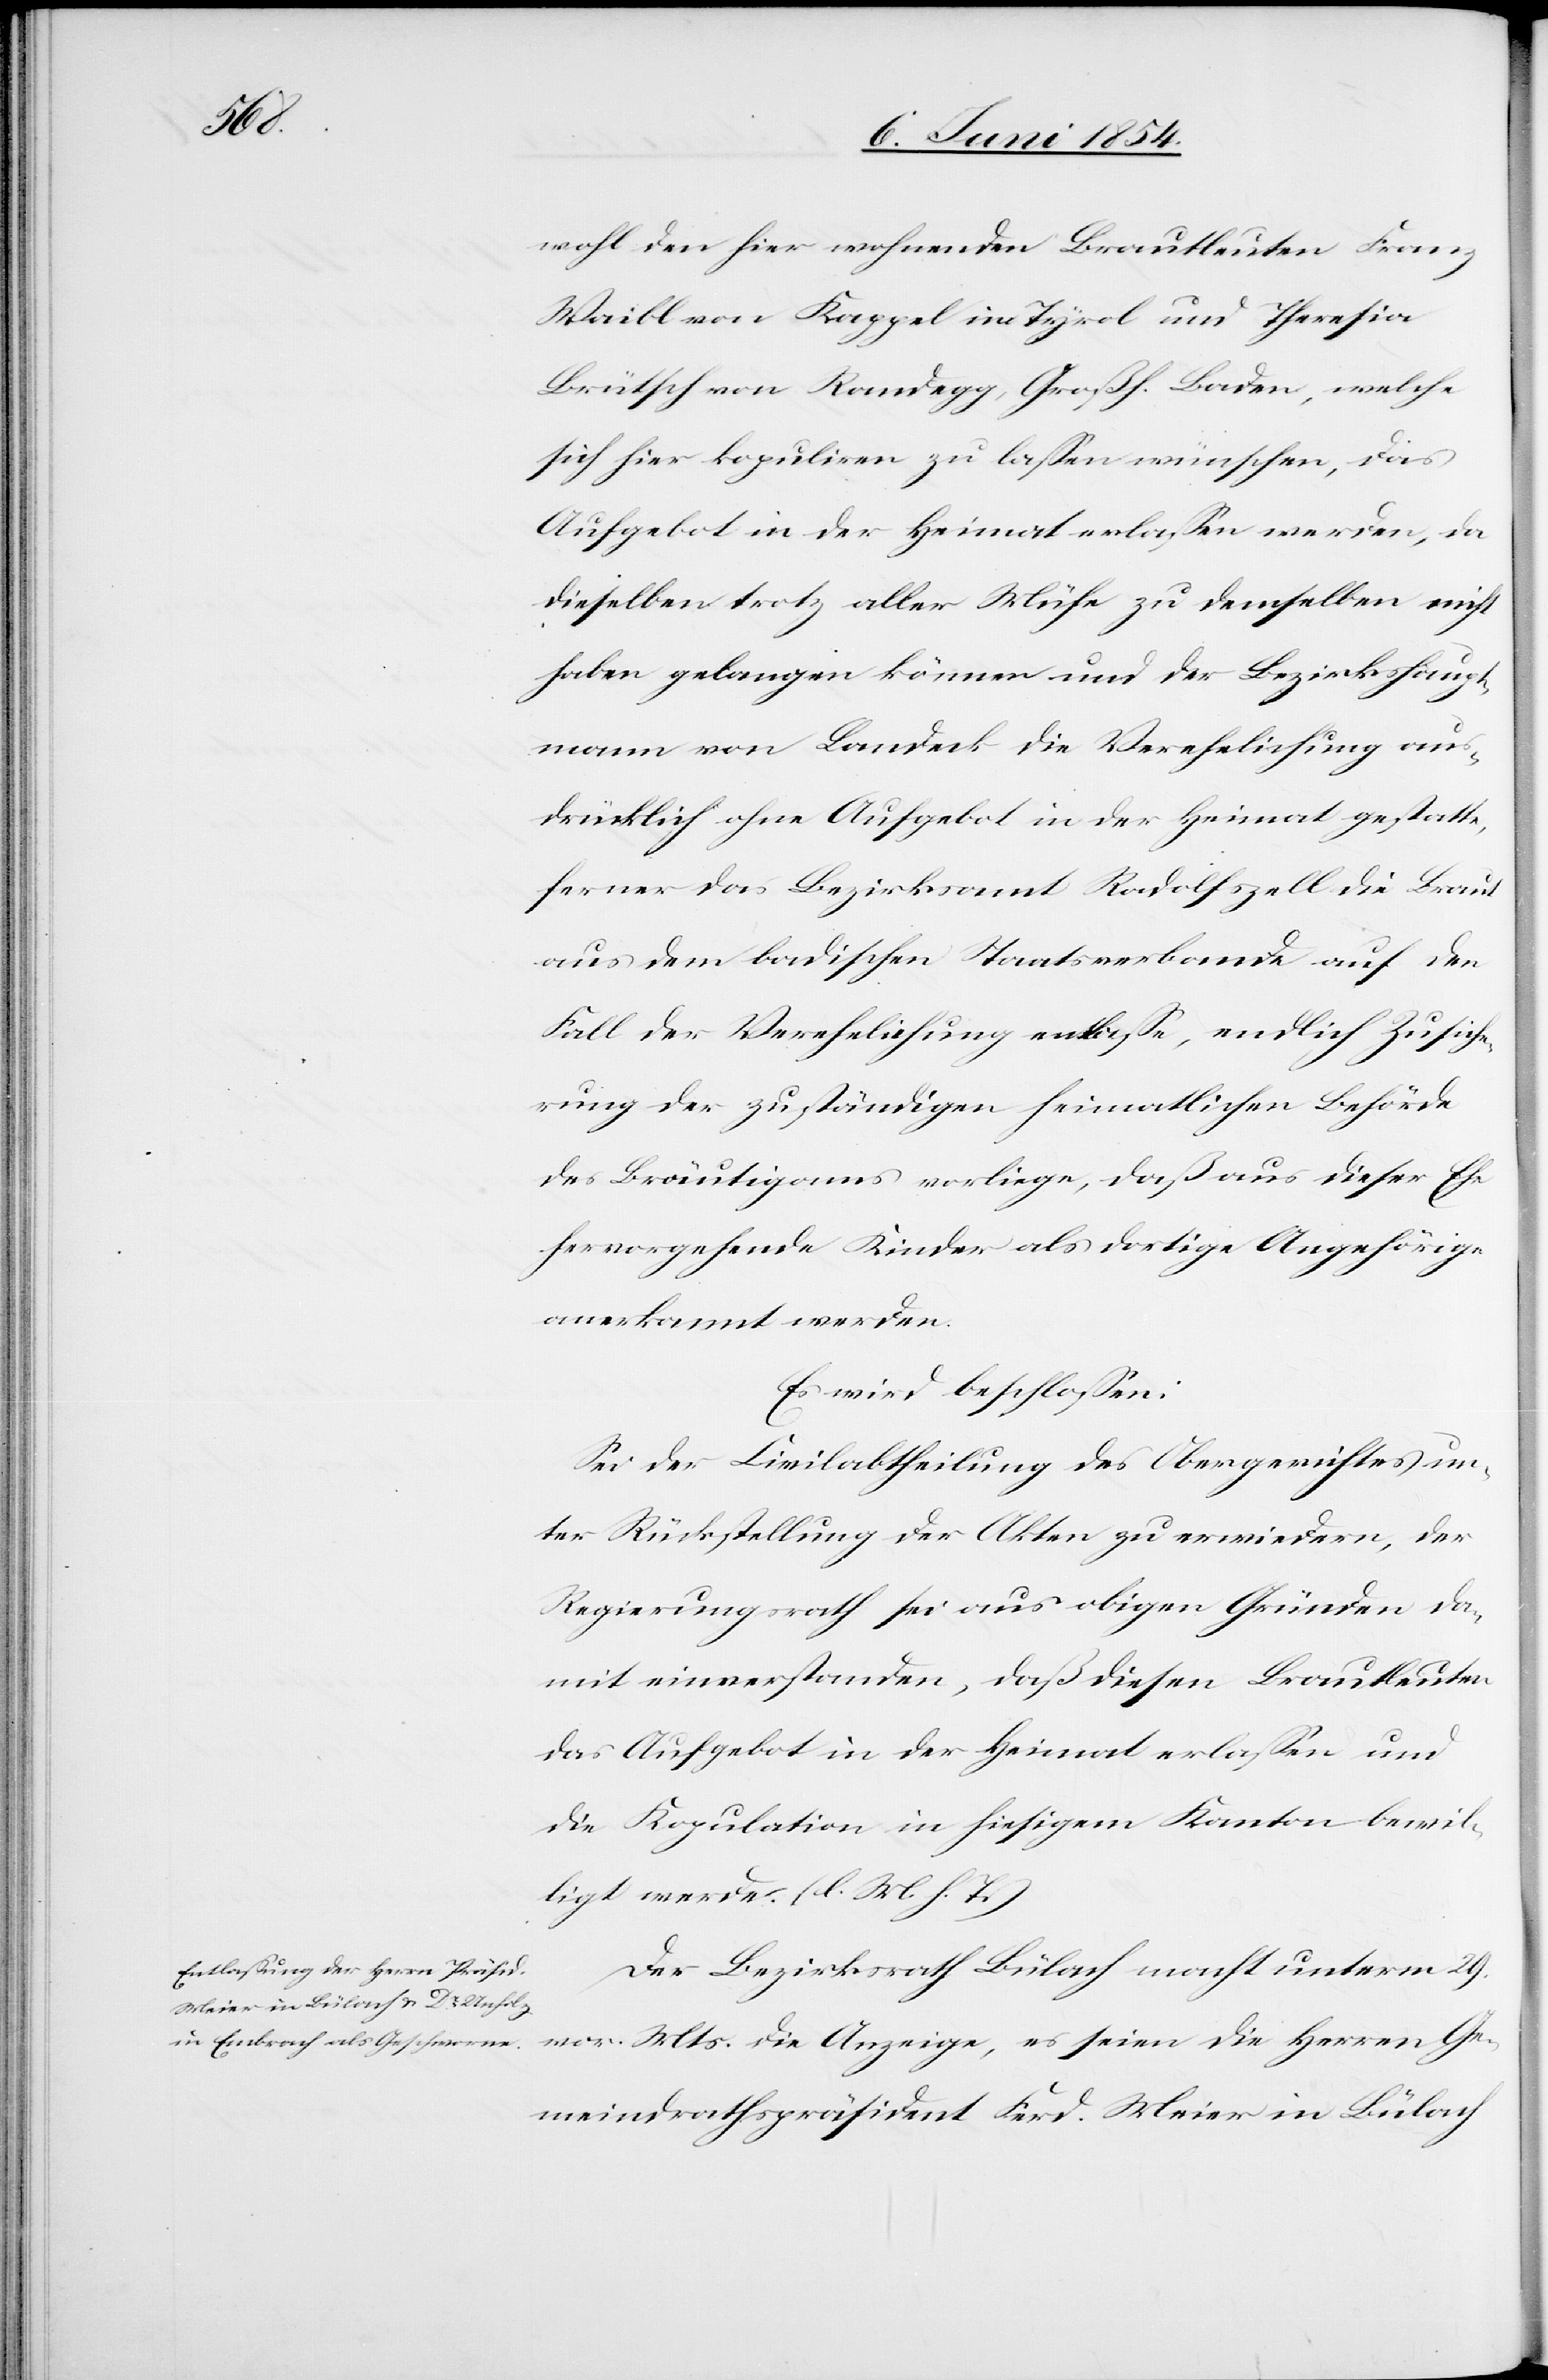
ligt

wohl den hier wohnenden Brautleuten Franz
Waibl von Kappel im Tyrol und Theresia
Brütsch von Rondegg, Großh. Baden, welche
sich hier kopuliren zu laßen wünschen, das
Aufgebot in der Heimat erlaßen werden, da
dieselben trotz aller Mühe zu demselben nicht
haben gelangen können und der Bezirkshaupt¬
mann von Landeck die Verehelichung aus¬
drücklich ohne Aufgebot in der Heimat gestatte,
ferner das Bezirksamt Radolfszell die Braut
aus dem badischen Staatsverbande auf den
Fall der Verehelichung entlaße, endlich Zusiche¬
rung der zuständigen heimatlichen Behörde
des Bräutigams vorliege, daß aus dieser Ehe
hervorgehende Kinder als dortige Angehörige
anerkannt werden.
Es wird beschloßen:
Sei der Civilabtheilung des Obergerichtes un¬
ter Rückstellung der Akten zu erwiedern, der
Regierungsrath sei aus obigen Gründen da¬
mit einverstanden, daß diesen Brautleuten
das Aufgebot in der Heimat erlaßen und
die Kopulation in hiesigem Kanton bewil¬
Der Bezirksrath Bülach macht unterm 29.
vor. Mts. die Anzeige, es seien die Herren Ge¬
meindrathspräsident Ferd. Meier in Bülach